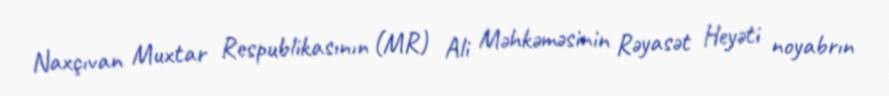
Naxçıvan Muxtar Respublikasının (MR) Ali Məhkəməsinin Rəyasət Heyəti noyabrın